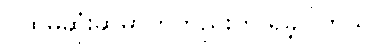
ပထမဆုံးဆုမှာကတည်းက ရှိခဲ့ပါတယ်။